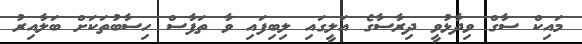
މައިކް ސާގް ވިދާޅުވީ ދިރާސާގެ އަލީގައި ލިބިފައި ވާ ތަފާސް ހިސާބުތަކަށް ބަލާއިރު